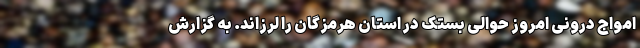
امواج درونی امروز حوالی بستک در استان هرمزگان را لرزاند. به گزارش